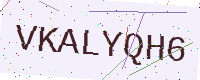
Text: VKALYQH6